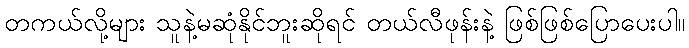
တကယ်လို့များ သူနဲ့မဆုံနိုင်ဘူးဆိုရင် တယ်လီဖုန်းနဲ့ ဖြစ်ဖြစ်ပြောပေးပါ။